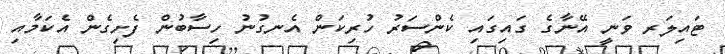
ޓައިލަރ ވަނީ އޭނާގެ ގައިގައި ކެންސަރު ހުރިކަން އެނގުނު ހިސާބުން ފެށިގެން އެކަމާއި